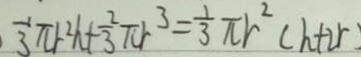
\frac { 1 } { 3 } \pi r ^ { 2 } h + \frac { 2 } { 3 } \pi r ^ { 3 } = \frac { 1 } { 3 } \pi r ^ { 2 } ( h + 2 r )